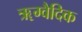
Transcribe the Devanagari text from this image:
ॠग्वैदिक